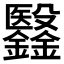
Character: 𣫫